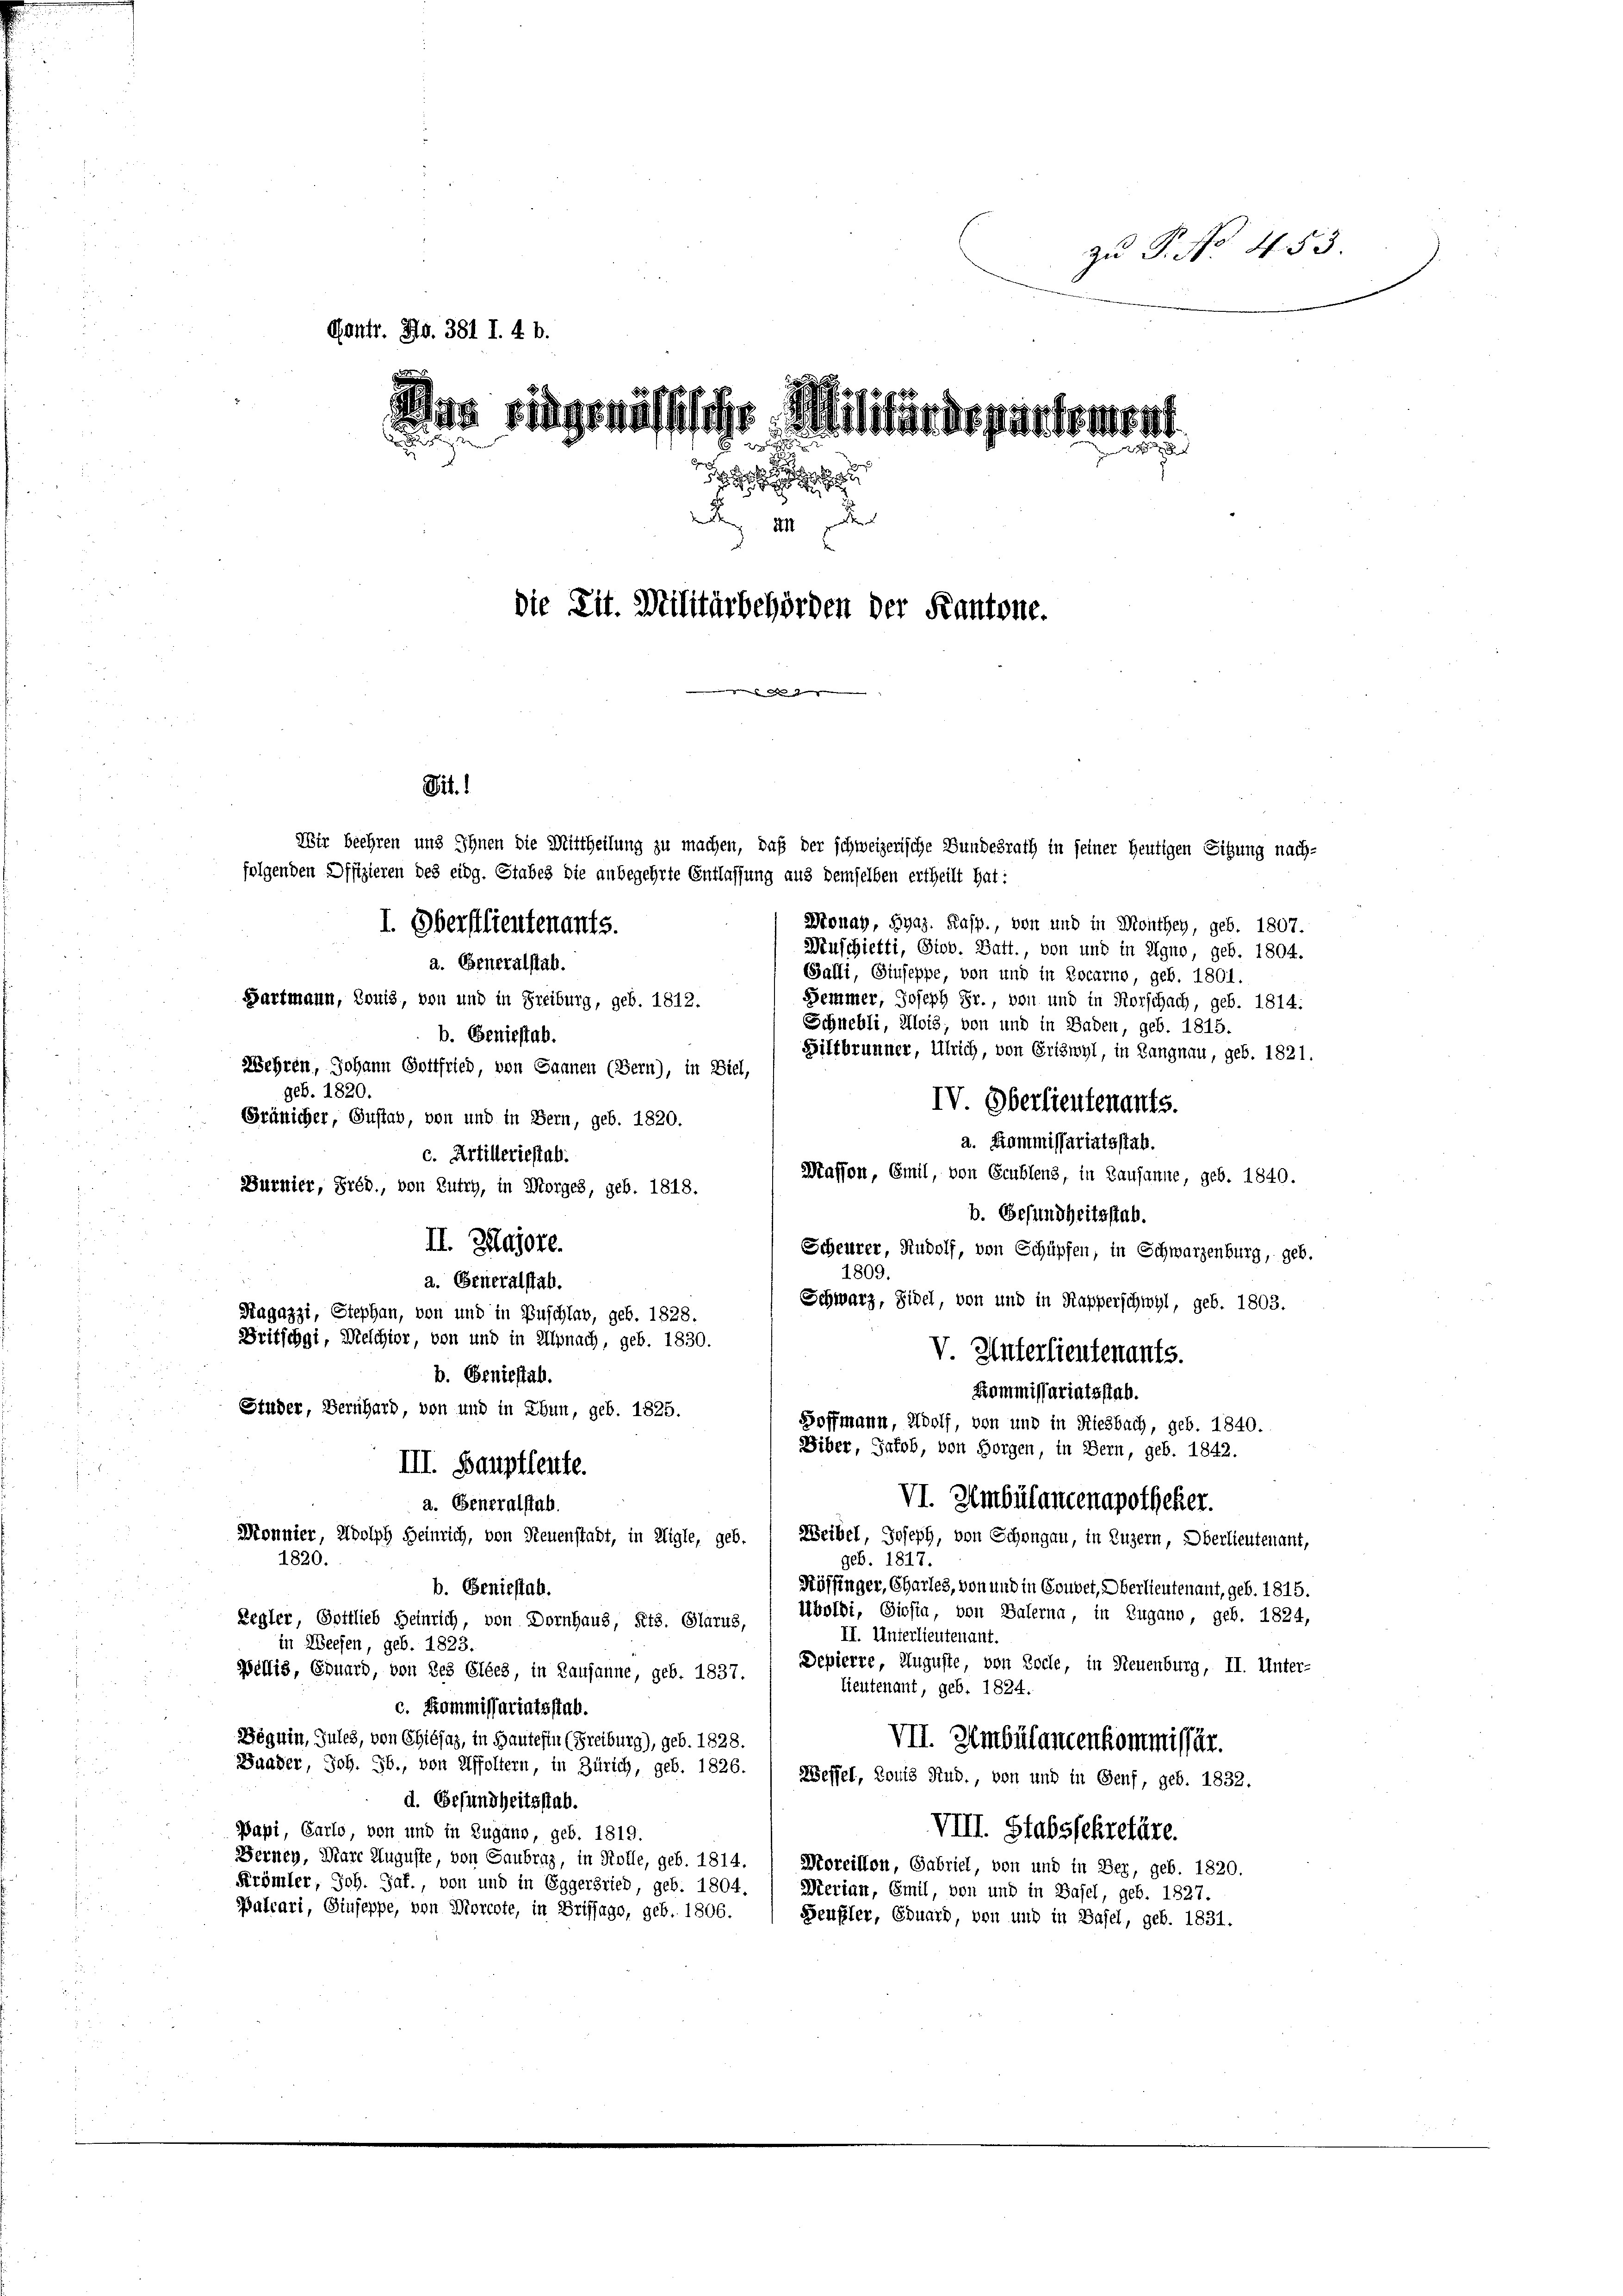
zu P. No. 453.
Gontr. No. 381 I. 4 b.
Man ringenössische Militär erstattetent
u
i

 III
die Tit. Militärbehörden der Kantone.
mus de den |

Sagazzi, Stephan, von und in Buschlav, geb. 1828.

it.

Wonay, Syaz. Kasp., von und in Monthey, geb. 1807.
I. Oberstlieutenants.
Menschietti, Siob. Batt., von und in Igno, geb. 1804.
a. Generalstab.
Galli, Giuseppe, von und in Locarno, geb. 1801.
Bartmann, Bonis, von und in Freiburg, geb. 1812.
Semmer, Joseph Fr., von und in Forschach, geb. 1814.
Schnebli, Alois, von und in Baden, geb. 1815.
b. Geniestab.
Siltbrunner, Ulrich, von Eriswyl, in Langnau, geb. 1821.
Wehren, Johann Gottfried, von Sannen (Bern), in Biel,
geb. 1820.
IV. Oberlieutenants.
Gränicher, Gustab, von und in Bern, geb. 1820.
a. Kommissariatsstab.
c. Artilleriestab.
Massen, Emil, von Grublens, in Lausanne, geb. 1840.
Burnier, Préd., von Lutch, in Morges, geb. 1818.
b. Gesundheitsstab.
II. Zlajore.
Scheurer, Rudolf, von Schüpfen, in Schwarzenburg, geb.
1809.
a. Generalstab.
Schwarz, Sidel, von und in Kapperschwyl, geb. 1803.
Britschgi, Melchior, von und in Alpnach, geb. 1830.
V. Unterlieutenants.
b. Geniestab.
Kommissariatsstab.
Studer, Bernhard, von und in Thun, geb. 1825.
Hoffmann, Wolf, von und in Riesbach, geb. 1840.
Ziber, Jakob, von Horgen, in Bern, geb. 1842.
III. Baupfleute.
VI. Umbülancenapotheker.
a. Generalstab.
Monnier, Adolph Heinrich, von Neuenstadt, in Aigle, geb.
Weibel, Joseph, von Schongau, in Luzern, Oberlieutenant,
1820.
geb. 1817.
Söffinger, Charles, von und in Gouvet, Oberlieutenant, geb. 1815.
b. Geniestah.
Mboldi, Siosia, von Balerna, in Zugano, geb. 1824,
Regler, Gottlieb Heinrich, von Dornhaus, Kts. Glarus,
II. Unterlieutenant.
in Weesen, geb. 1823.
Depierre, Auguste, von Loche, in Neuenburg, II. Unter-
Bellis, Ernard, von des Elées, in Lausanne, geb. 1837.
lieutenant, geb. 1824.
c. Kommissariatsstab.
Dögnin, Jules, von Chiéjaz, in Bautesten (Freiburg), geb. 1828.
VII. Ambülancenkommissär.
Bander, Joh. Jb., von Affoltern, in Zürich, geb. 1826.
Weffel, Louis Rud., von und in Genf, geb. 1832.
d. Gesundheitsstab.
Papi, Carlo, von und in Zugano, geb. 1819.
VIII. Stabsschrefere.
Berney, Marc Auguste, von Saubrag, in Kolle, geb. 1814.
Moreillon, Gabriel, von und in Ber, geb. 1820.
Krömler, Joh. Jaf., von und in Eggerbrieb, geb. 1804,
Merian, Emil, von und in Basel, geb. 1827.
Palcari, Giuseppe, von Morcote, in Briffago, geb. 1806.
Seufler, Eduard, von und in Basel, geb. 1831.

Wir beehren und Ihnen die Mittheilung zu machen, daß der schweizerische Bundesrath in seiner heutigen Sitzung nach-
folgenden Offizieren des eidg. Stabes die anbegehrte Entlassung aus demselben ertheilt hat: